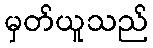
မှတ်ယူသည်